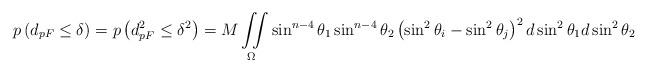
LaTeX: \begin{align*}p\left( {d_{pF} \leq \delta } \right) = p\left( {d_{pF}^2 \leq \delta ^2 } \right) = M\iint\limits_\Omega {\sin ^{n - 4} \theta _1 \sin ^{n - 4} \theta _2 \left( {\sin ^2 \theta _i - \sin ^2 \theta _j } \right)^2 d\sin ^2 \theta _1 d\sin ^2 \theta _2 }\end{align*}